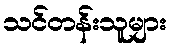
သင်တန်းသူများ